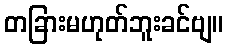
တခြားမဟုတ်ဘူးခင်ဗျ။